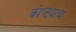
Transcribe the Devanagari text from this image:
कोष्ट्याचा